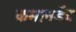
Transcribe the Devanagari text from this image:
कमानडेंट